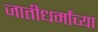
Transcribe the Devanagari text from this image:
जातीधर्मांच्या